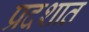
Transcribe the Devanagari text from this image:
प्रदशात